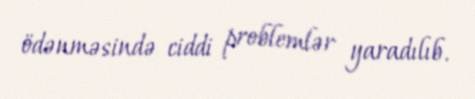
ödənməsində ciddi problemlər yaradılıb.